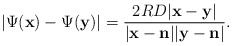
\begin{align*}\left| \Psi (\mathbf x) - \Psi (\mathbf y) \right| = \frac{2RD | \mathbf x - \mathbf y |}{|\mathbf x - \mathbf n | | \mathbf y - \mathbf n |}.\end{align*}